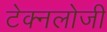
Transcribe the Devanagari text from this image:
टेक्नलोजी